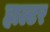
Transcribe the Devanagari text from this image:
हाल्टर